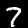
Digit: 7